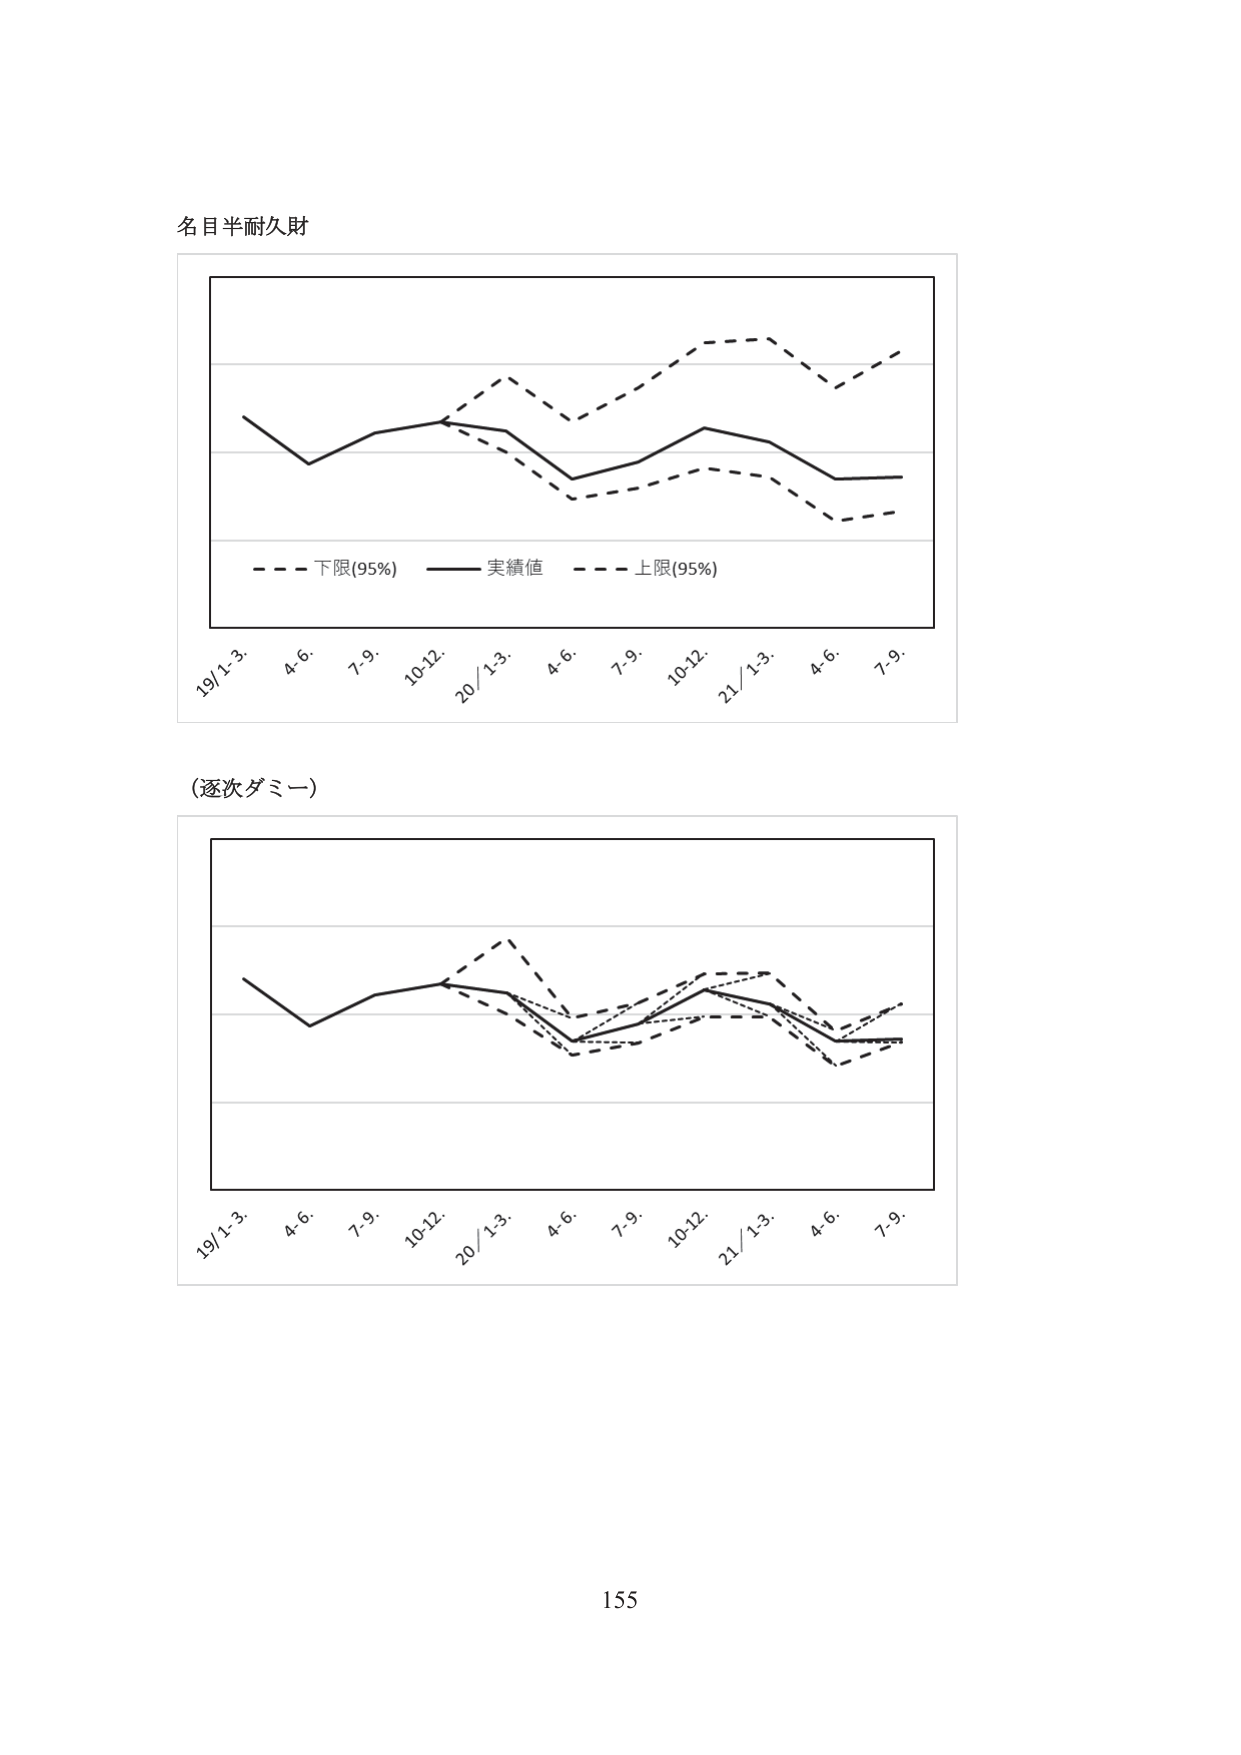
名目半耐久財

19/1-3. 4.6. 7.9. 10-12. 20/1-3. 4.6. 7.9. 10-12. 21/1-3. 4.6. 7.9.
- - - 下限(95%) —— 実績値 - - - 上限(95%)

(逐次ダミー)

19/1-3. 4.6. 7.9. 10-12. 20/1-3. 4.6. 7.9. 10-12. 21/1-3. 4.6. 7.9.

155